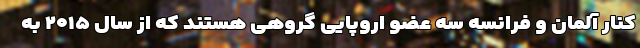
کنار آلمان و فرانسه سه عضو اروپایی گروهی هستند که از سال ۲۰۱۵ به